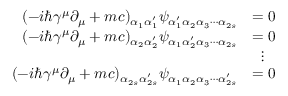
{ \begin{array} { r l } { ( - i \hbar \gamma ^ { \mu } \partial _ { \mu } + m c ) _ { \alpha _ { 1 } \alpha _ { 1 } ^ { \prime } } \psi _ { \alpha _ { 1 } ^ { \prime } \alpha _ { 2 } \alpha _ { 3 } \cdots \alpha _ { 2 s } } } & { = 0 } \\ { ( - i \hbar \gamma ^ { \mu } \partial _ { \mu } + m c ) _ { \alpha _ { 2 } \alpha _ { 2 } ^ { \prime } } \psi _ { \alpha _ { 1 } \alpha _ { 2 } ^ { \prime } \alpha _ { 3 } \cdots \alpha _ { 2 s } } } & { = 0 } \\ & { \; \; \vdots } \\ { ( - i \hbar \gamma ^ { \mu } \partial _ { \mu } + m c ) _ { \alpha _ { 2 s } \alpha _ { 2 s } ^ { \prime } } \psi _ { \alpha _ { 1 } \alpha _ { 2 } \alpha _ { 3 } \cdots \alpha _ { 2 s } ^ { \prime } } } & { = 0 } \end{array} }